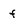
Character: f